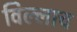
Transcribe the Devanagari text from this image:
विल्लाच